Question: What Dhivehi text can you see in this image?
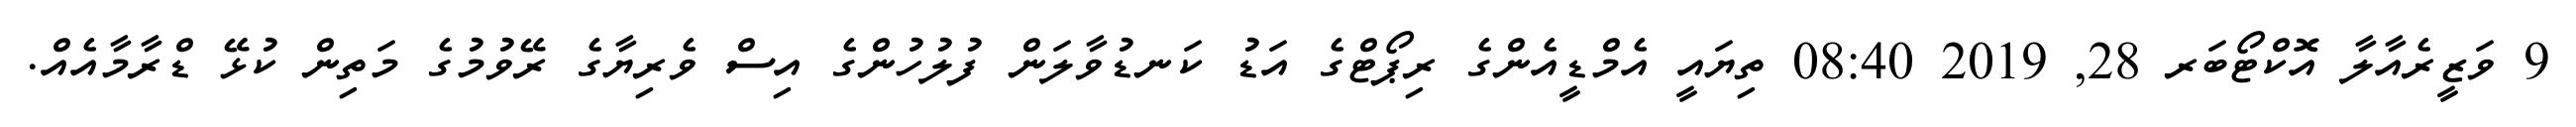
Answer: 9 ވަޒީރެއާލާ އޮކްޓޯބަރ 28, 2019 08:40 ތިޔައީ އެމްޑީއެންގެ ރިޕޯޓްގެ އަޑު ކަނޑުވާލަން ފުލުހުންގެ އިސް ވެރިޔާގެ ރޭވުމުގެ މަތިން ކުޅޭ ޑްރާމާއެއް.